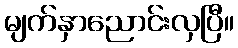
မျက်နှာညောင်းလှပြီ။